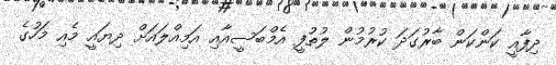
ދިފާއީ ކަންކަން ބާރުގަދަ ކުރުމުން ލުތުފީ އެމްބަސީއާއި އަމިއްލައަށް ދިޔައީ މެއި މަހުގެ